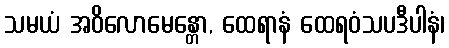
သမယံ အဝိလောမေန္တော, ထေရာနံ ထေရဝံသပဒီပါနံ၊